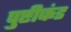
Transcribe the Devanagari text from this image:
पुष्टीफंड